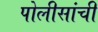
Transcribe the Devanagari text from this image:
पोलीसांची